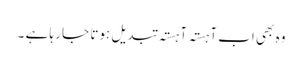
وہ بھی اب آہستہ آہستہ تبدیل ہوتا جا رہا ہے ۔